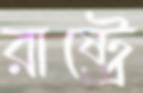
রাষ্ট্রে